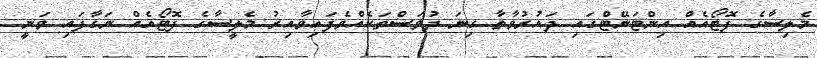
މެލިސާގެ ފޮޓޯއެއް އިންޓަނޭޓްގައި ދައުރުވާތާ ގިނަ ދުވަސްތަކެއްވެފައިވާއިރު މެލީސާގެ ފޮޓޯއެއް ނަގާފައި ވަނީ